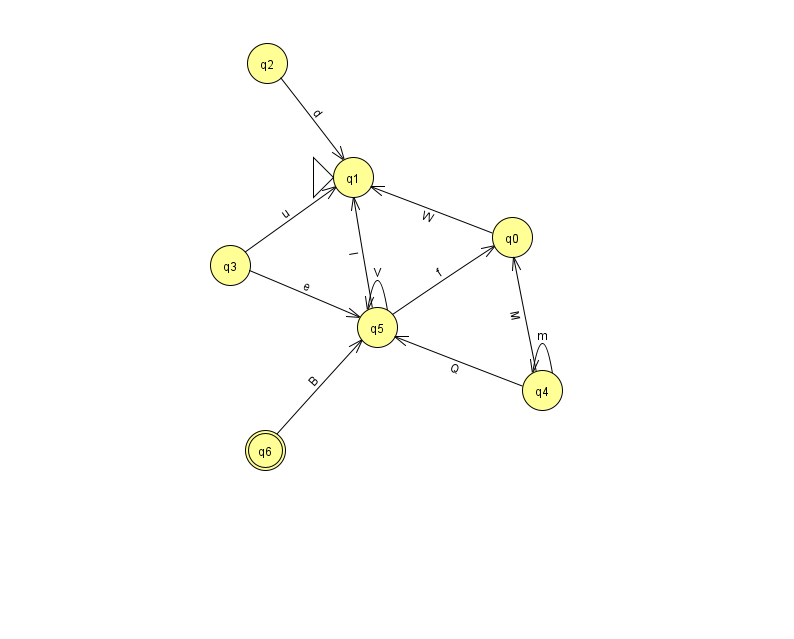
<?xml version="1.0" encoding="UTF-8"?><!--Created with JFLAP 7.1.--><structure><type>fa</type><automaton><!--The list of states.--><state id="0" name="q0"><x>512.0</x><y>224.0</y></state><state id="1" name="q1"><x>353.0</x><y>164.0</y><initial/></state><state id="2" name="q2"><x>267.0</x><y>50.0</y></state><state id="3" name="q3"><x>230.0</x><y>252.0</y></state><state id="4" name="q4"><x>542.0</x><y>377.0</y></state><state id="5" name="q5"><x>377.0</x><y>314.0</y></state><state id="6" name="q6"><x>265.0</x><y>437.0</y><final/></state><!--The list of transitions.--><transition><from>4</from><to>5</to><read>Q</read></transition><transition><from>6</from><to>5</to><read>B</read></transition><transition><from>5</from><to>5</to><read>V</read></transition><transition><from>4</from><to>0</to><read>M</read></transition><transition><from>2</from><to>1</to><read>d</read></transition><transition><from>3</from><to>5</to><read>e</read></transition><transition><from>0</from><to>1</to><read>W</read></transition><transition><from>4</from><to>4</to><read>m</read></transition><transition><from>5</from><to>0</to><read>f</read></transition><transition><from>3</from><to>1</to><read>u</read></transition><transition><from>5</from><to>1</to><read>I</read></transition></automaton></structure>